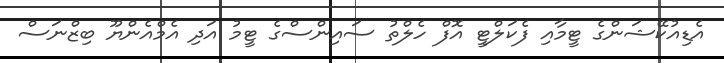
އެޑިއުކޭޝަންގެ ޓީމާއި ފެކަލްޓީ އޮފް ހެލްތު ސައިންސްގެ ޓީމު އަދި އެމްއެންޔޫ ބިޒްނަސް